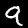
Label: 9